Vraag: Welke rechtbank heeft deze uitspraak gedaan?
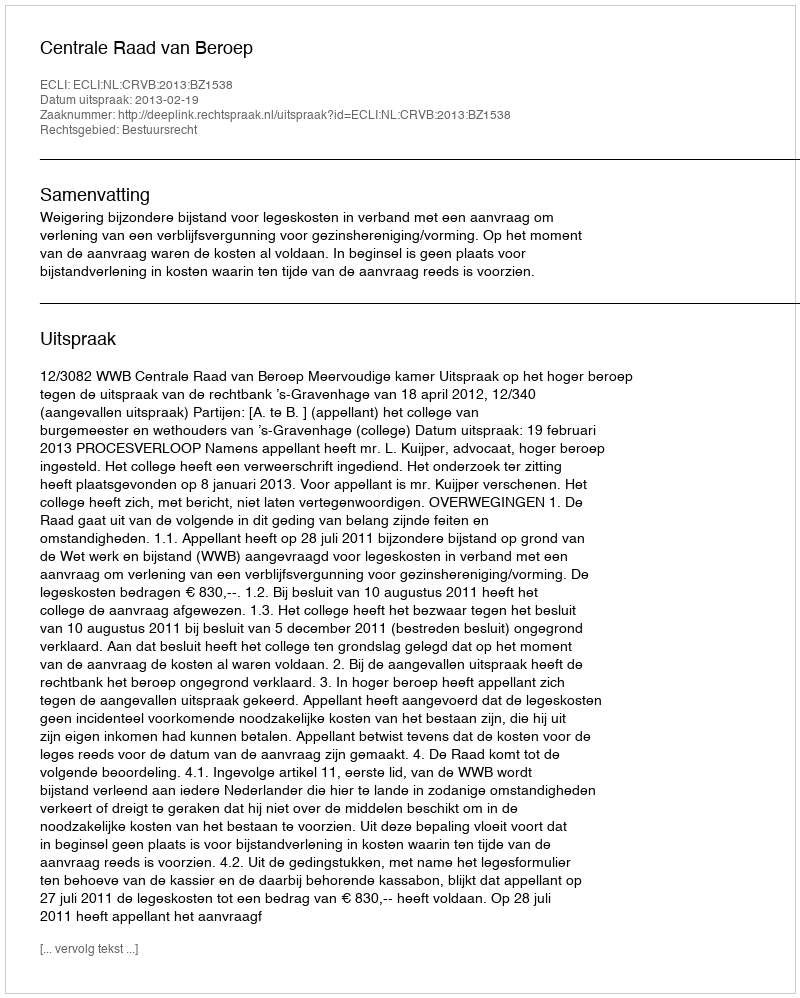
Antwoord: Centrale Raad van Beroep